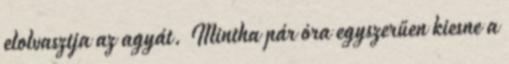
elolvasztja az agyát. Mintha pár óra egyszerűen kiesne a